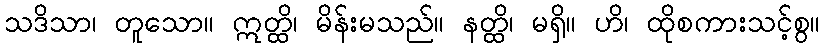
သဒိသာ၊ တူသော။ ဣတ္ထိ၊ မိန်းမသည်။ နတ္ထိ၊ မရှိ။ ဟိ၊ ထိုစကားသင့်စွ။